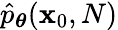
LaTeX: \hat{p}_{\boldsymbol{\theta}}(\mathbf{x}_{0},N)